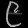
Digit: ၉